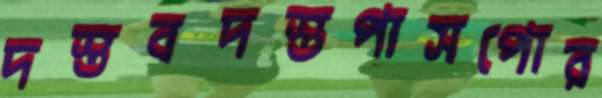
দস্তবদস্তপাসপোর